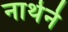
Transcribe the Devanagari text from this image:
नार्थर्न